Indian journal of veterinary science and animal husbandry - Volume 1,
Year: 1931
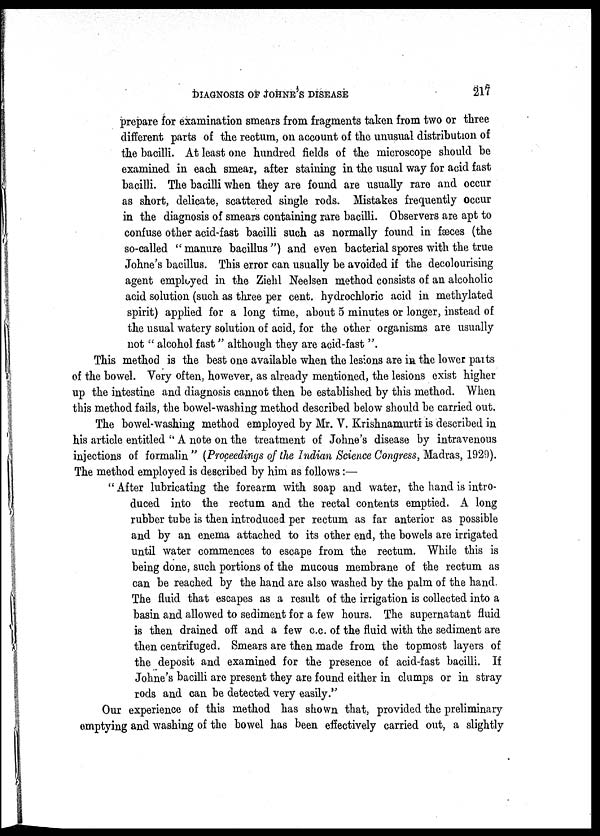
DIAGNOSIS OF JOHNE'S DISEASE
217
prepare for examination smears from fragments taken from two or three
different parts of the rectum, on account of the unusual distribution of
the bacilli. At least one hundred fields of the microscope should be
examined in each smear, after staining in the usual way for acid fast
bacilli. The bacilli when they are found are usually rare and occur
as short, delicate, scattered single rods. Mistakes frequently occur
in the diagnosis of smears containing rare bacilli. Observers are apt to
confuse other acid-fast bacilli such as normally found in fæces (the
so-called "manure bacillus") and even bacterial spores with the true
Johne's bacillus. This error can usually be avoided if the decolourising
agent employed in the Ziehl Neelsen method consists of an alcoholic
acid solution (such as three per cent. hydrochloric acid in methylated
spirit) applied for a long time, about 5 minutes or longer, instead of
the usual watery solution of acid, for the other organisms are usually
not " alcohol fast " although they are acid-fast ".
This method is the best one available when the lesions are in the lower parts
of the bowel. Very often, however, as already mentioned, the lesions exist higher
up the intestine and diagnosis cannot then be established by this method. When
this method fails, the bowel-washing method described below should be carried out.
The bowel-washing method employed by Mr. V. Krishnamurti is described in
his article entitled " A note on the treatment of Johne's disease by intravenous
injections of formalin " (Proceedings of the Indian Science Congress, Madras, 1929).
The method employed is described by him as follows:—
" After lubricating the forearm with soap and water, the hand is intro-
duced into the rectum and the rectal contents emptied. A long
rubber tube is then introduced per rectum as far anterior as possible
and by an enema attached to its other end, the bowels are irrigated
until water commences to escape from the rectum. While this is
being done, such portions of the mucous membrane of the rectum as
can be reached by the hand are also washed by the palm of the hand.
The fluid that escapes as a result of the irrigation is collected into a
basin and allowed to sediment for a few hours. The supernatant fluid
is then drained off and a few c.c. of the fluid with the sediment are
then centrifuged. Smears are then made from the topmost layers of
the deposit and examined for the presence of acid-fast bacilli. If
Johne's bacilli are present they are found either in clumps or in stray
rods and can be detected very easily."
Our experience of this method has shown that, provided the preliminary
emptying and washing of the bowel has been effectively carried out, a slightly